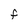
Character: F